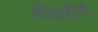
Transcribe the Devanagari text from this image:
मोटारींनी